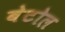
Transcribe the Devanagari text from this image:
बेटोल